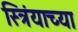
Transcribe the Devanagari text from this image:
स्त्रिंयाच्या